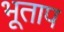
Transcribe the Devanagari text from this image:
भूताप